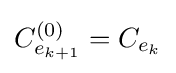
C_{e_{k+1}}^{(0)}=C_{e_{k}}